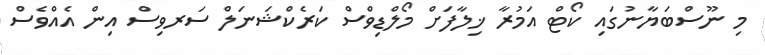
މި ނޫސްބަޔާނުގައި ކޯޓް އަމުރާ ޚިލާފަށް މޯލްޑިވްސް ކަރެކްޝަނަލް ސަރވިސް އިން އެއްވެސް